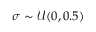
\sigma \sim \mathcal { U } ( 0 , 0 . 5 )